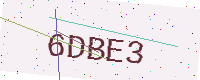
Text: 6DBE3